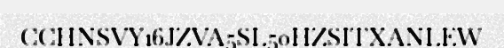
CCHNSVY16JZVA5SL50HZSITXANLEW